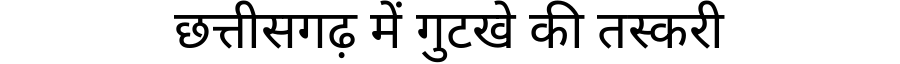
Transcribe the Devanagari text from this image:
छत्तीसगढ़ में गुटखे की तस्करी